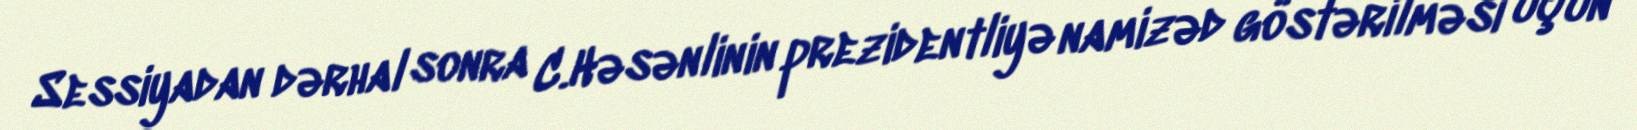
Sessiyadan dərhal sonra C.Həsənlinin prezidentliyə namizəd göstərilməsi üçün